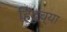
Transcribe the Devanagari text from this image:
हिदुच्या